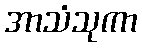
အာသံသုကာ